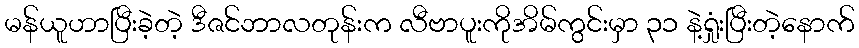
မန်ယူဟာပြီးခဲ့တဲ့ ဒီဇင်ဘာလတုန်းက လီဗာပူးကိုအိမ်ကွင်းမှာ ၃၁ နဲ့ရှုံးပြီးတဲ့နောက်